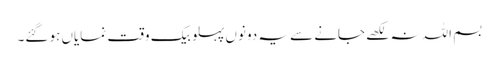
بسم اللہ نہ لکھے جانے سے یہ دونوں پہلو بیک وقت نمایاں ہو گئے۔